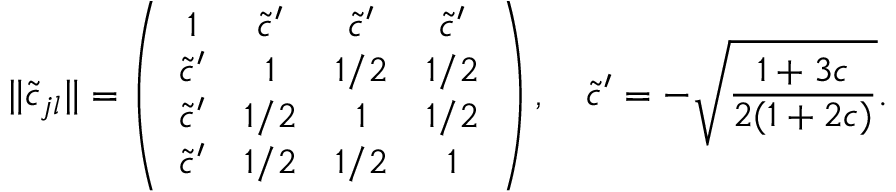
\| \widetilde { c } _ { j l } \| = \left( \begin{array} { c c c c } { { 1 } } & { { \widetilde { c } ^ { \prime } } } & { { \widetilde { c } ^ { \prime } } } & { { \widetilde { c } ^ { \prime } } } \\ { { \widetilde { c } ^ { \prime } } } & { { 1 } } & { { 1 / 2 } } & { { 1 / 2 } } \\ { { \widetilde { c } ^ { \prime } } } & { { 1 / 2 } } & { { 1 } } & { { 1 / 2 } } \\ { { \widetilde { c } ^ { \prime } } } & { { 1 / 2 } } & { { 1 / 2 } } & { { 1 } } \end{array} \right) , \quad \widetilde { c } ^ { \prime } = - \sqrt { \frac { 1 + 3 c } { 2 ( 1 + 2 c ) } } .